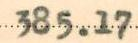
385.17